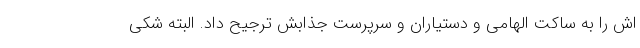
اش را به ساکت الهامی و دستیاران و سرپرست جذابش ترجیح داد. البته شکی